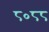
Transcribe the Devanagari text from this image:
८०८८